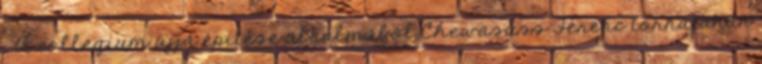
„ A collegium újjá építése alkalmából Chewasuss Ferenc tornatanár